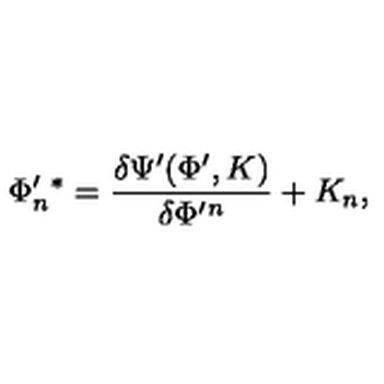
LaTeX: \Phi _ { n } ^ { \prime } { } ^ { * } = \frac { \delta \Psi ^ { \prime } ( \Phi ^ { \prime } , K ) } { \delta \Phi ^ { \prime } { } ^ { n } } + K _ { n } ,